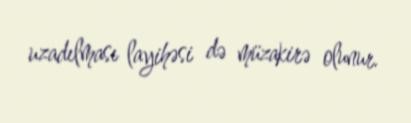
uzadılması layihəsi də müzakirə olunur.